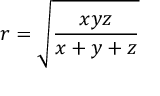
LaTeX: r = { \sqrt { \frac { x y z } { x + y + z } } }